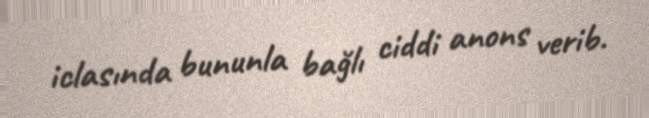
iclasında bununla bağlı ciddi anons verib.